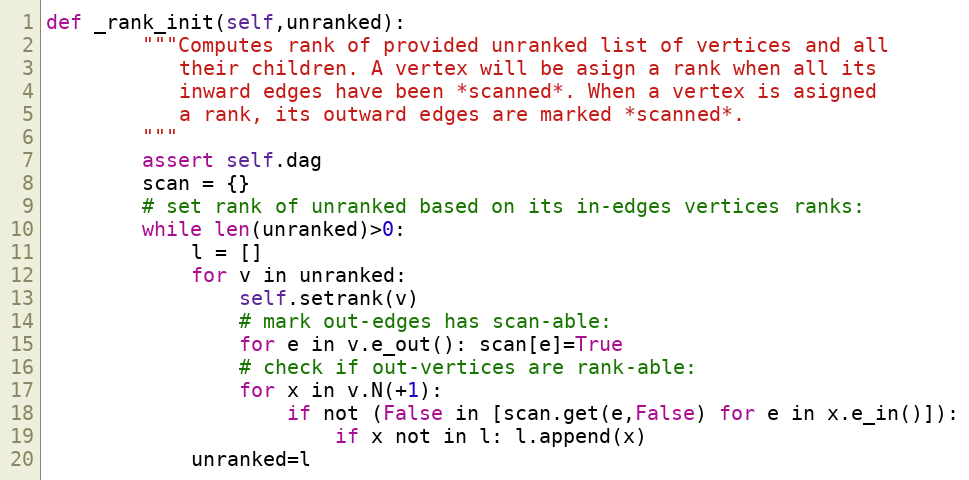
Language: Python
def _rank_init(self,unranked):
        """Computes rank of provided unranked list of vertices and all
           their children. A vertex will be asign a rank when all its
           inward edges have been *scanned*. When a vertex is asigned
           a rank, its outward edges are marked *scanned*.
        """
        assert self.dag
        scan = {}
        # set rank of unranked based on its in-edges vertices ranks:
        while len(unranked)>0:
            l = []
            for v in unranked:
                self.setrank(v)
                # mark out-edges has scan-able:
                for e in v.e_out(): scan[e]=True
                # check if out-vertices are rank-able:
                for x in v.N(+1):
                    if not (False in [scan.get(e,False) for e in x.e_in()]):
                        if x not in l: l.append(x)
            unranked=l